Lunatic asylums Burma 1907-21 - 1907-1921
Year: 1907
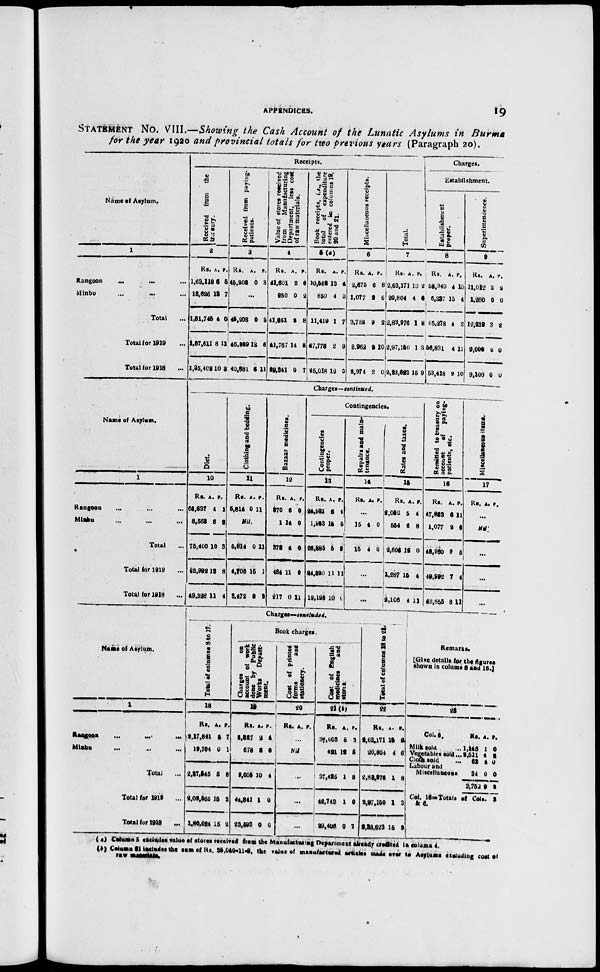
APPENDICES.
19
STATEMENT No. VIII.—Showing the Cash Account of the Lunatic Asylums in Burma
for the year 1920 and provincial totals for two Previous years (Paragraph 20).
Name of Asylum.
1
Rangoon
...
...
...
Minbu
...
...
...
Total ...
Total for 1919 ...
Total for 1918 ...
Receipts.
Received from the
treasury.
2
Rs.
1,63,118
18,626
1,81,745
1,57,611
1,35,408
A.
6
13
4
8
10
P.
5
7
0
11
3
Received from paying-
patients.
3
Rs.
45,203
A.
0
P.
3
...
45,208
46,029
40,881
0
13
6
3
6
11
Value of stores received
from
Manufacturing
Department, less cost
of raw materials.
4
Rs.
41,601
250
41,851
41,767
29,341
A.
2
0
2
14
0
P.
6
2
8
3
7
Book receipts, i.e., the
total
of expenditure
entered to columns 19,
20 and 21.
5(a)
Rs.
10,568
850
11,419
47,778
25,018
A.
13
4
1
2
12
P.
4
3
7
9
0
Miscellaneous receipts.
6
Rs.
2,675
1,077
3,752
3,962
2,974
A.
6
2
9
9
2
P.
8
6
2
10
0
Total.
7
Rs.
2,63,171
20,804
2,83,976
2,97,150
2,33,623
A.
13
4
1
1
15
P.
2
6
8
3
9
Charges.
Establishment.
Establishment
proper.
8
Rs.
58,940
6,337
65,278
56,831
53,418
A.
4
15
4
4
2
P.
10
4
2
11
10
Superintendence.
9
Rs.
11,012
1,200
12,212
9,000
9,100
A.
3
0
3
0
0
P.
2
0
2
0
0
Name of Asylum.
1
Rangoon ... ... ...
Minbu ... ... ...
Total ...
Total for 1919 ...
Total for 1918 ...
Charges—continued.
Diet.
10
Rs.
66,837
8,563
75,400
62,992
49,328
A.
4
6
10
13
11
P.
1
2
3
8
4
Clothing and bedding.
11
Rs.
5,814
A.
0
P.
11
Nil.
5,814
4,705
3,472
0
15
8
11
1
3
Bazaar medicines.
12
Rs.
370
1
372
484
217
A.
6
14
4
11
0
P.
0
0
0
0
11
Contingencies.
Contingencies
proper.
13
Rs.
24,931
1,953
26,885
24,320
19,126
A.
6
15
5
11
10
P.
4
5
9
11
0
Repairs and main-
tenance.
14
Rs. A. P.
...
15
15
4
4
0
0
...
...
Rates and taxes.
15
Rs.
2,052
554
2,606
1,287
2,106
A.
5
6
12
15
4
P.
4
8
0
4
11
Remitted to treasury on
account
of
paying-
patients, etc.
16
Rs.
47,883
1,077
48,960
49,992
43,855
A.
6
2
9
7
8
P.
11
6
5
4
11
Miscellaneous items.
17
Rs. A. P.
...
Nil.
...
...
...
Name of Asylum.
1
Rangoon
... ... ...
Minbu ... ... ...
Total ...
Total for 1919 ...
Total for 1918
...
Charges— concluded.
Total of columns 8 to 17.
18
Rs.
2,17,841
19,704
2,37,545
2,09,565
1,80,624
A.
5
0
5
15
15
P.
7
1
8
3
2
Book charges.
Charges on
account of work
done by Public
Works
Depart-
ment.
19
Rs.
8,327
678
9,005
44,841
23,593
A.
2
8
10
1
0
P.
4
0
4
0
0
Cost of printed
forms
and
stationery.
20
Rs. A. P.
...
Nil.
...
...
...
Cost of English
medicines
and
stores.
21 (b)
Rs.
37,003
421
37,425
42,743
29,406
A.
5
12
1
1
0
P.
3
5
8
0
7
Total of columns 18 to 21.
22
Rs.
2,63,171
20,804
2,83,976
2,97,150
2,33,623
A.
13
4
1
1
15
P.
2
6
8
3
9
Remarks.
[Give details for the figures
shown in columns 6 and 16.]
23
Col. 6.
Milk sold ...
Vegetables sold...
Cloth sold ...
Labour and
Miscellaneous
Rs.
1,145
2,511
62
34
3,752
A.
1
4
4
0
9
P.
0
2
0
0
2
Col. 16— Totals of Cols. 2
& 6.
(a) Column 5 excludes value of stores received from the Manufacturing Department already credited in column 4.
(b) Column 21 includes the sum of Rs. 25,040-11-8, the value of manufactured articles made over to Asylums excluding cost of
raw materials.